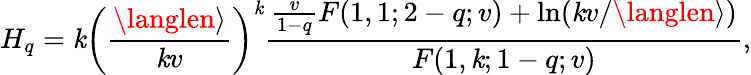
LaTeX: H_{q}=\mathit{k}\left(\frac{{\langlen\rangle}}{{\mathit{k}v}}\right)^{\mathit{k}}\frac{{\frac{{v}}{{1-q}}F(1,1;2-q;v)+\ln(\mathit{k}v/\langlen\rangle)}}{{F(1,\mathit{k};1-q;v)}},